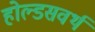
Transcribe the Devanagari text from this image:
होल्डसवर्थ